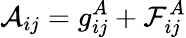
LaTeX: {\cal A}_{ij}=g_{ij}^{A}+{\cal F}_{ij}^{A}